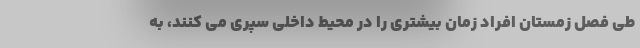
طی فصل زمستان افراد زمان بیشتری را در محیط داخلی سپری می کنند، به